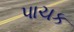
પાચક